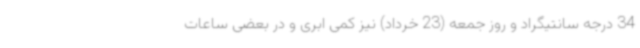
34 درجه سانتیگراد و روز جمعه (23 خرداد) نیز کمی ابری و در بعضی ساعات